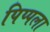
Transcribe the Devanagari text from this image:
पिप्पला